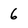
Character: 6